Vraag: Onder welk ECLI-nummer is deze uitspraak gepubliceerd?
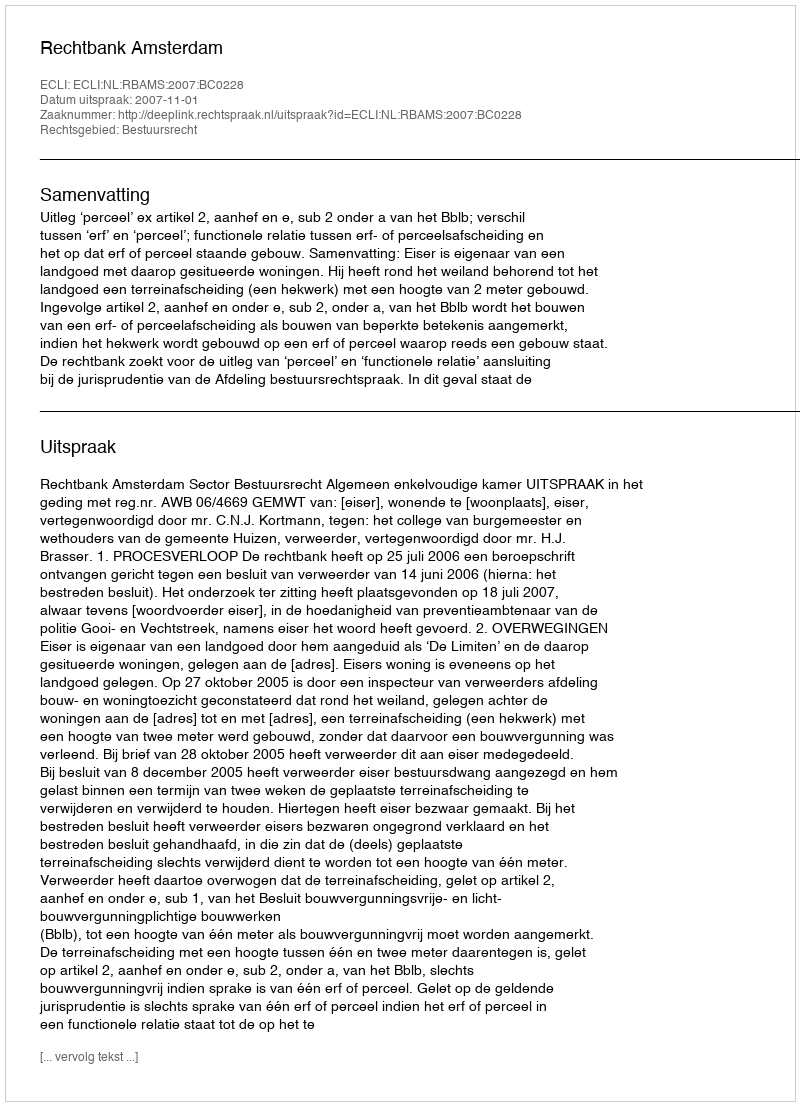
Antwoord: ECLI:NL:RBAMS:2007:BC0228